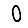
Digit: 0